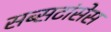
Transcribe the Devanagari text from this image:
सब्सटांसेस